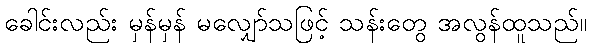
ခေါင်းလည်း မှန်မှန် မလျှော်သဖြင့် သန်းတွေ အလွန်ထူသည်။